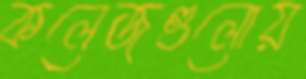
কলেজগুলোয়